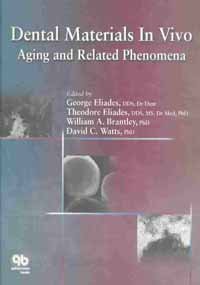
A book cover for Dental Materials in Vivo: Aging and Related Phenomena; Tim Rowse; Medical Books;